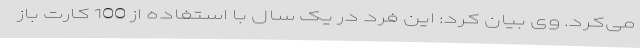
می‌کرد. وی بیان کرد: این فرد در یک سال با استفاده از 100 کارت باز